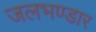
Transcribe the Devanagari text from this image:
जलभण्डार